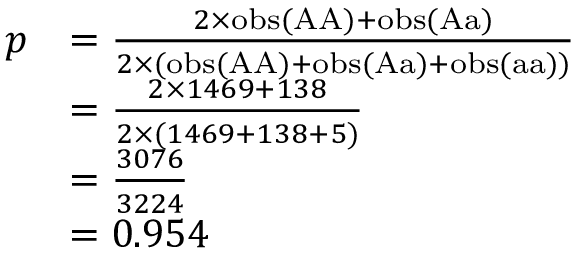
{ \begin{array} { r l } { p } & { = { \frac { 2 \times \mathrm { o b s } ( { \mathrm { A A } } ) + \mathrm { o b s } ( { \mathrm { A a } } ) } { 2 \times ( \mathrm { o b s } ( { \mathrm { A A } } ) + \mathrm { o b s } ( { \mathrm { A a } } ) + \mathrm { o b s } ( { \mathrm { a a } } ) ) } } } \\ & { = { \frac { 2 \times 1 4 6 9 + 1 3 8 } { 2 \times ( 1 4 6 9 + 1 3 8 + 5 ) } } } \\ & { = { \frac { 3 0 7 6 } { 3 2 2 4 } } } \\ & { = 0 . 9 5 4 } \end{array} }